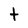
Character: t